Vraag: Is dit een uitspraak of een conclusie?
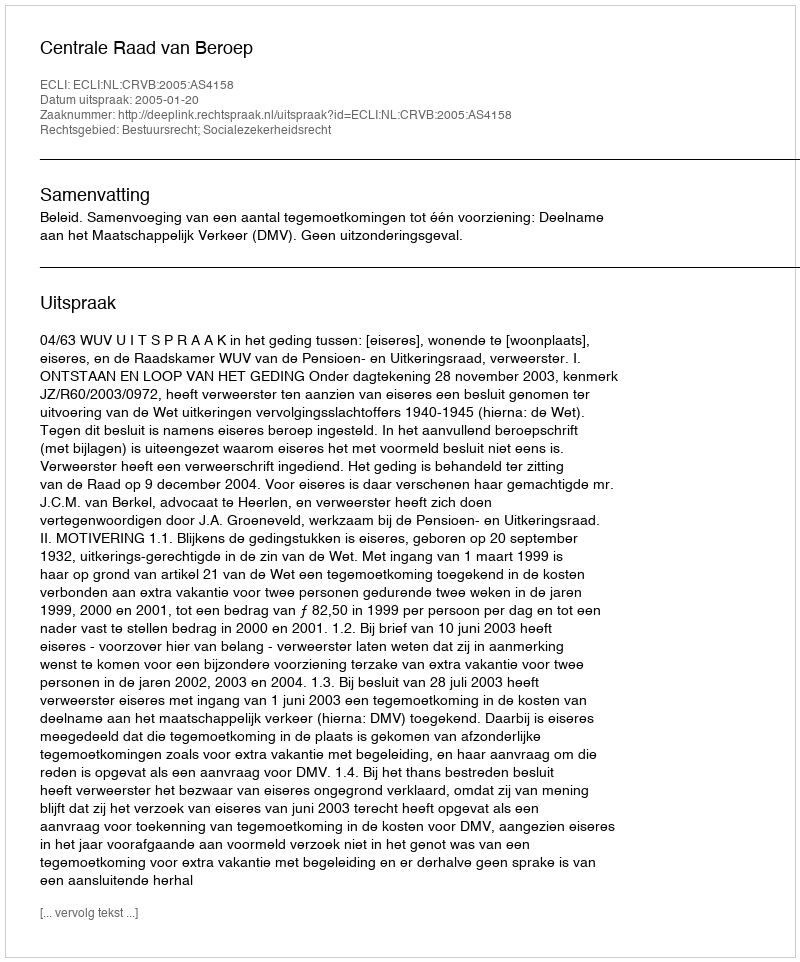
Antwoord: Uitspraak